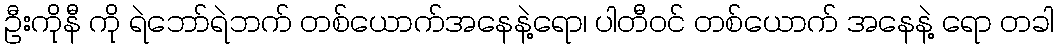
ဦးကိုနီ ကို ရဲဘော်ရဲဘက် တစ်ယောက်အနေနဲ့ရော၊ ပါတီဝင် တစ်ယောက် အနေနဲ့ ရော တခါ